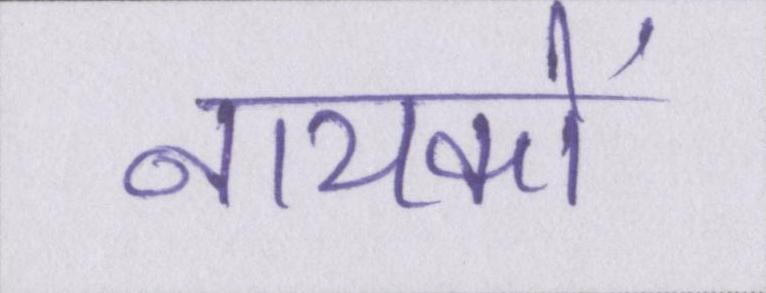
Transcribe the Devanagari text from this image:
नायकों